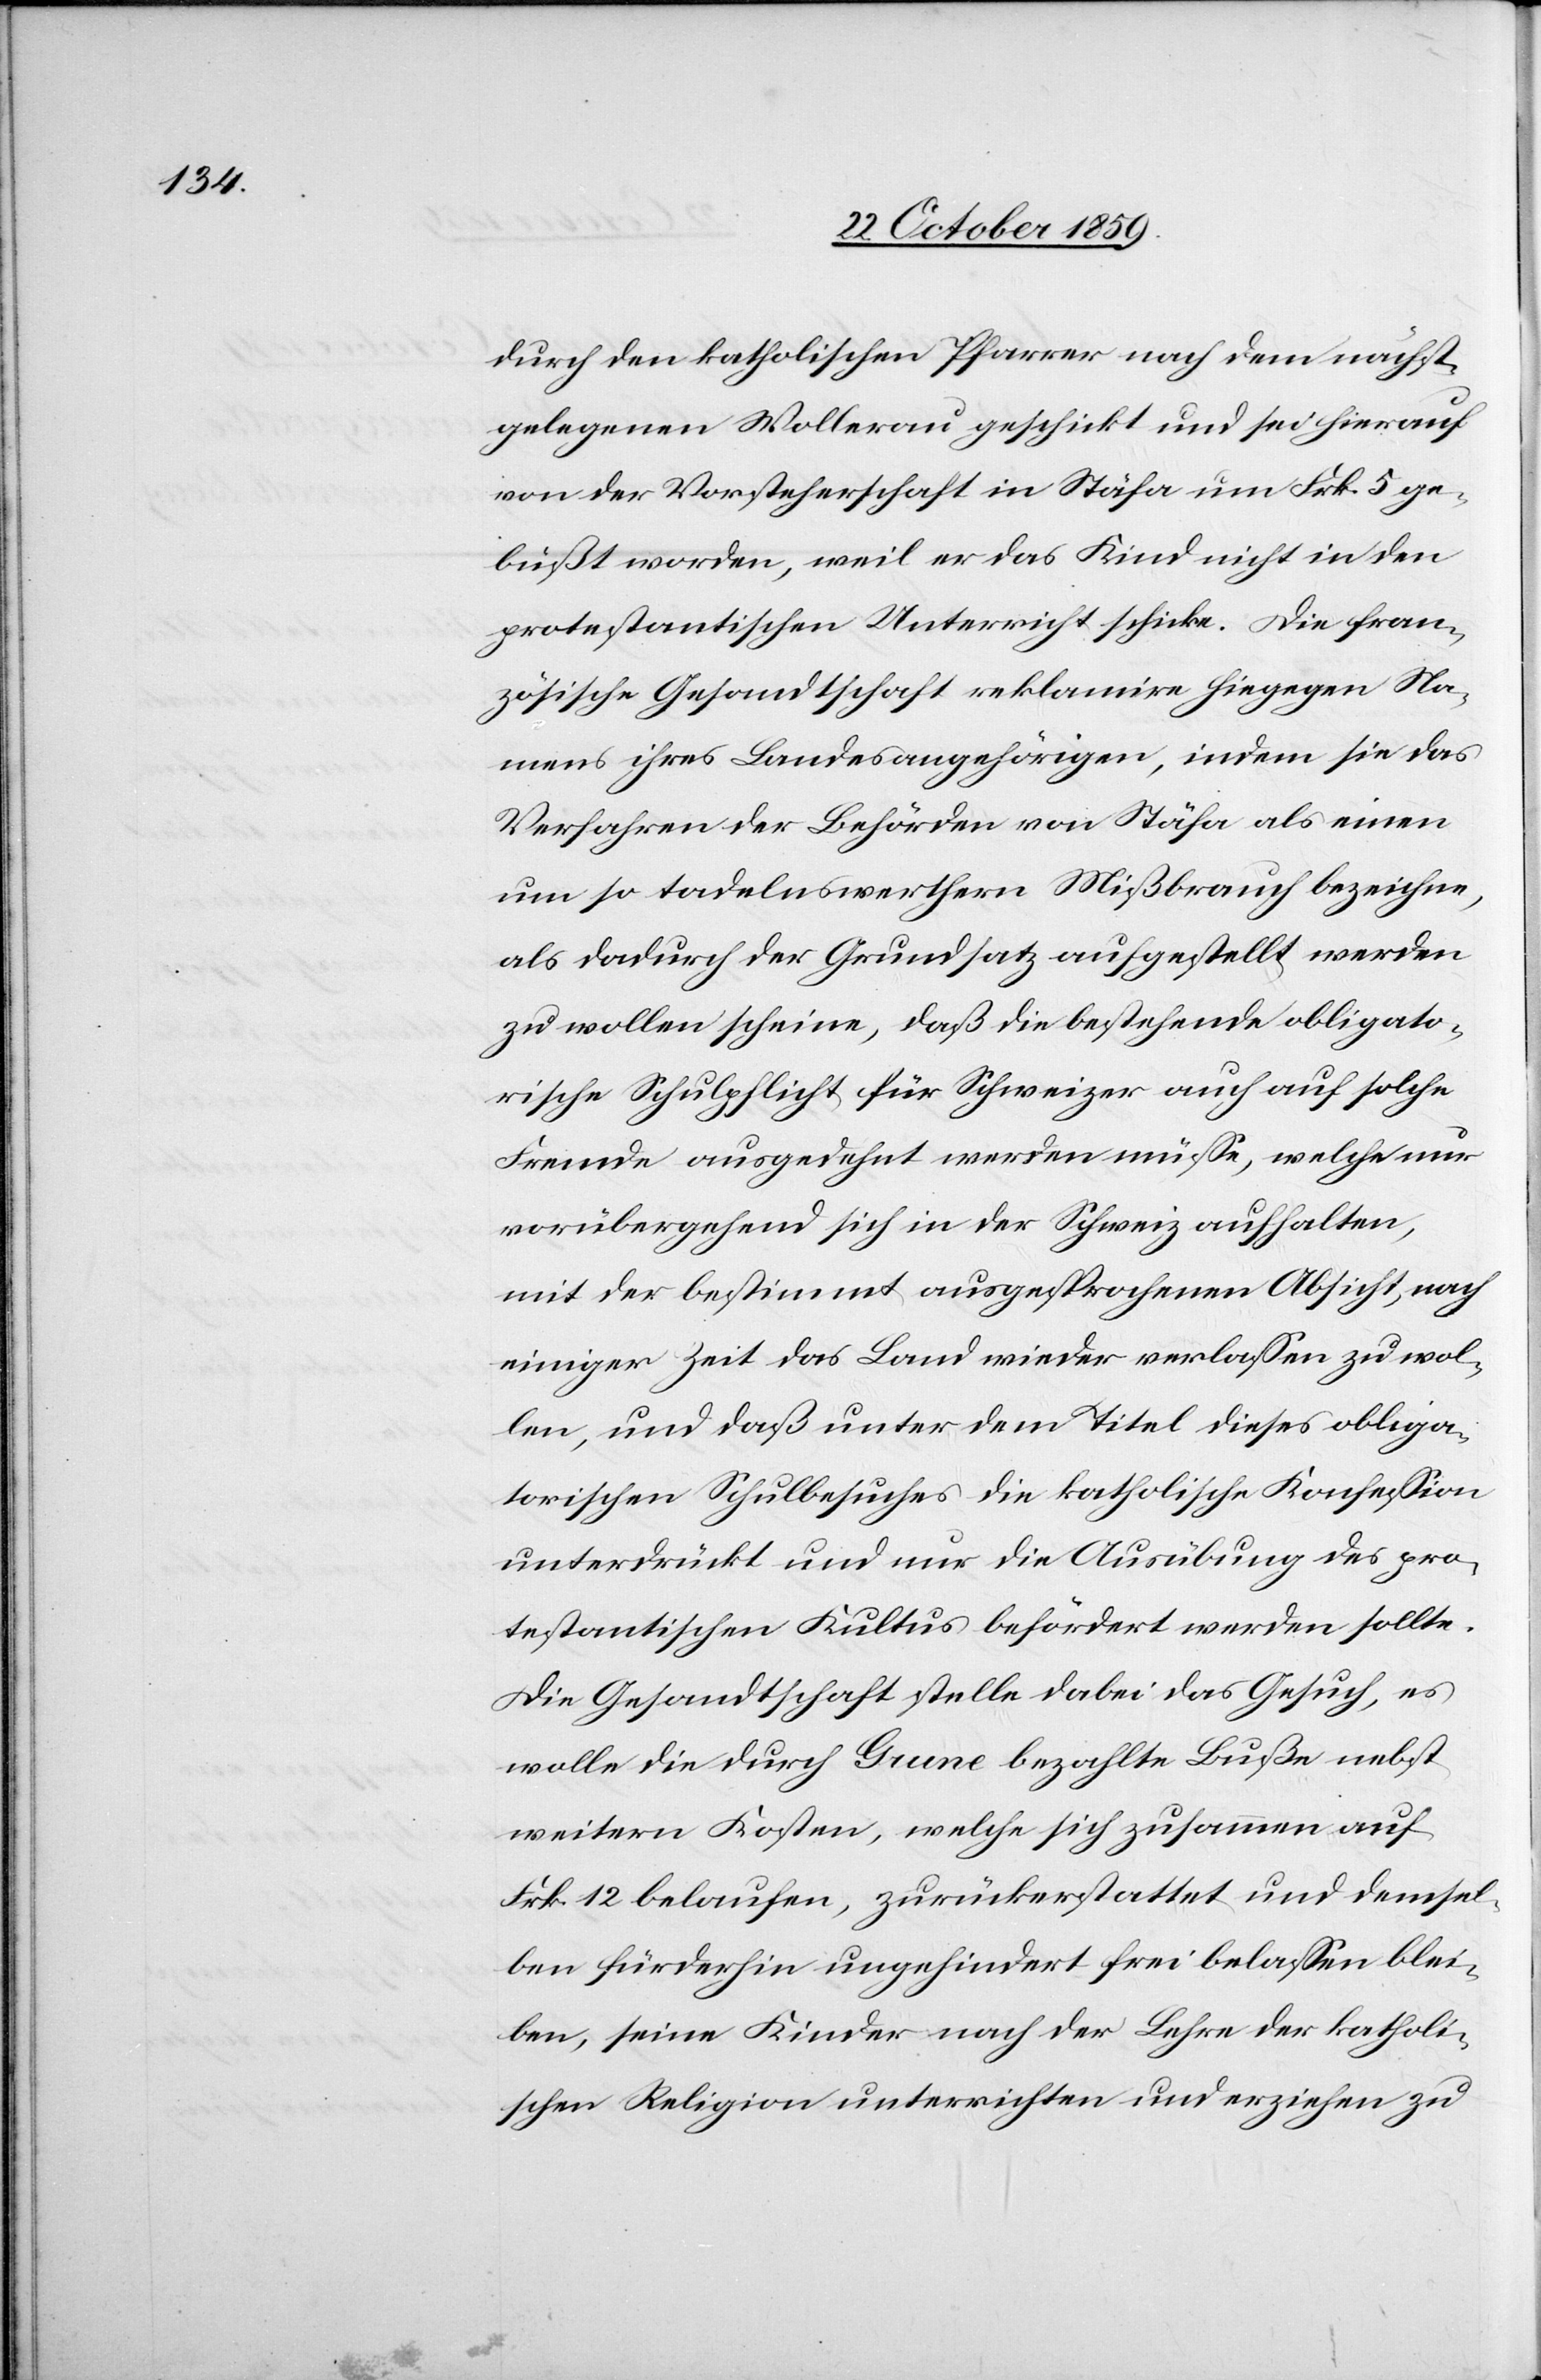
durch den katholischen Pfarrer nach dem nächst¬
gelegenen Wollerau geschickt und sei hierauf
von der Vorsteherschaft in Stäfa um Frk. 5 ge¬
büßt worden, weil er das Kind nicht in den
protestantischen Unterricht schicke. Die fran¬
zösische Gesandtschaft reklamire hingegen Na¬
mens ihres Bundesangehörigen, indem sie das
Verfahren der Behörden von Stäfa als einen
um so tadelnswertheren Mißbrauch bezeichne,
als dadurch der Grundsatz aufgestellt werden
zu wollen scheine, daß die bestehende obligato¬
rische Schulpflicht für Schweizer auch auf solche
Fremde ausgedehnt werden müsse, welche nur
vorübergehend sich in der Schweiz aufhalten,
mit der bestimmt ausgesprochenen Absicht, nach
einiger Zeit das Land wieder verlassen zu wol¬
len, und daß unter dem Titel dieses obliga¬
torischen Schulbesuches die katholische Konfession
unterdrückt und nur die Ausübung des pro¬
testantischen Kultus befördert werden sollte.
Die Gesandtschaft stelle dabei das Gesuch, es
wolle die durch Grune bezahlte Buße nebst
weitern Kosten, welche sich zusammen auf
Frk. 12 belaufen, zurückerstattet und demsel¬
ben fürderhin ungehindert frei belassen blei¬
ben, seine Kinder nach der Lehre der katholi¬
schen Religion unterrichten und erziehen zu